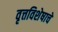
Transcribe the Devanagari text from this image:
वृत्तविशेषाचे